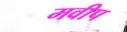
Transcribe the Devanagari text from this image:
मवीप